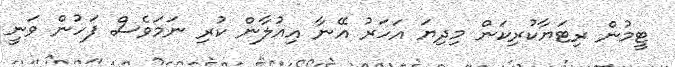
ޓީމުން ރިޓަޔާކުރިކަން މިދިޔަ އަހަރު އޭނާ އިއުލާން ކުރި ނަމަވެސް ފަހުން ވަނީ